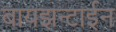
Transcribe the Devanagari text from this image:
बायझन्टाईन